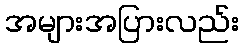
အများအပြားလည်း